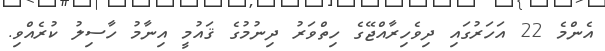
އެންމެ 22 އަހަރުގައި ދިވެހިރާއްޖޭގެ ހިތްވަރު ދިނުމުގެ ޤައުމީ އިނާމު ހާސިލު ކުރެއްވި.